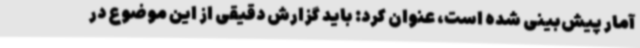
آمار پیش‌بینی شده است، عنوان کرد: باید گزارش دقیقی از این موضوع در